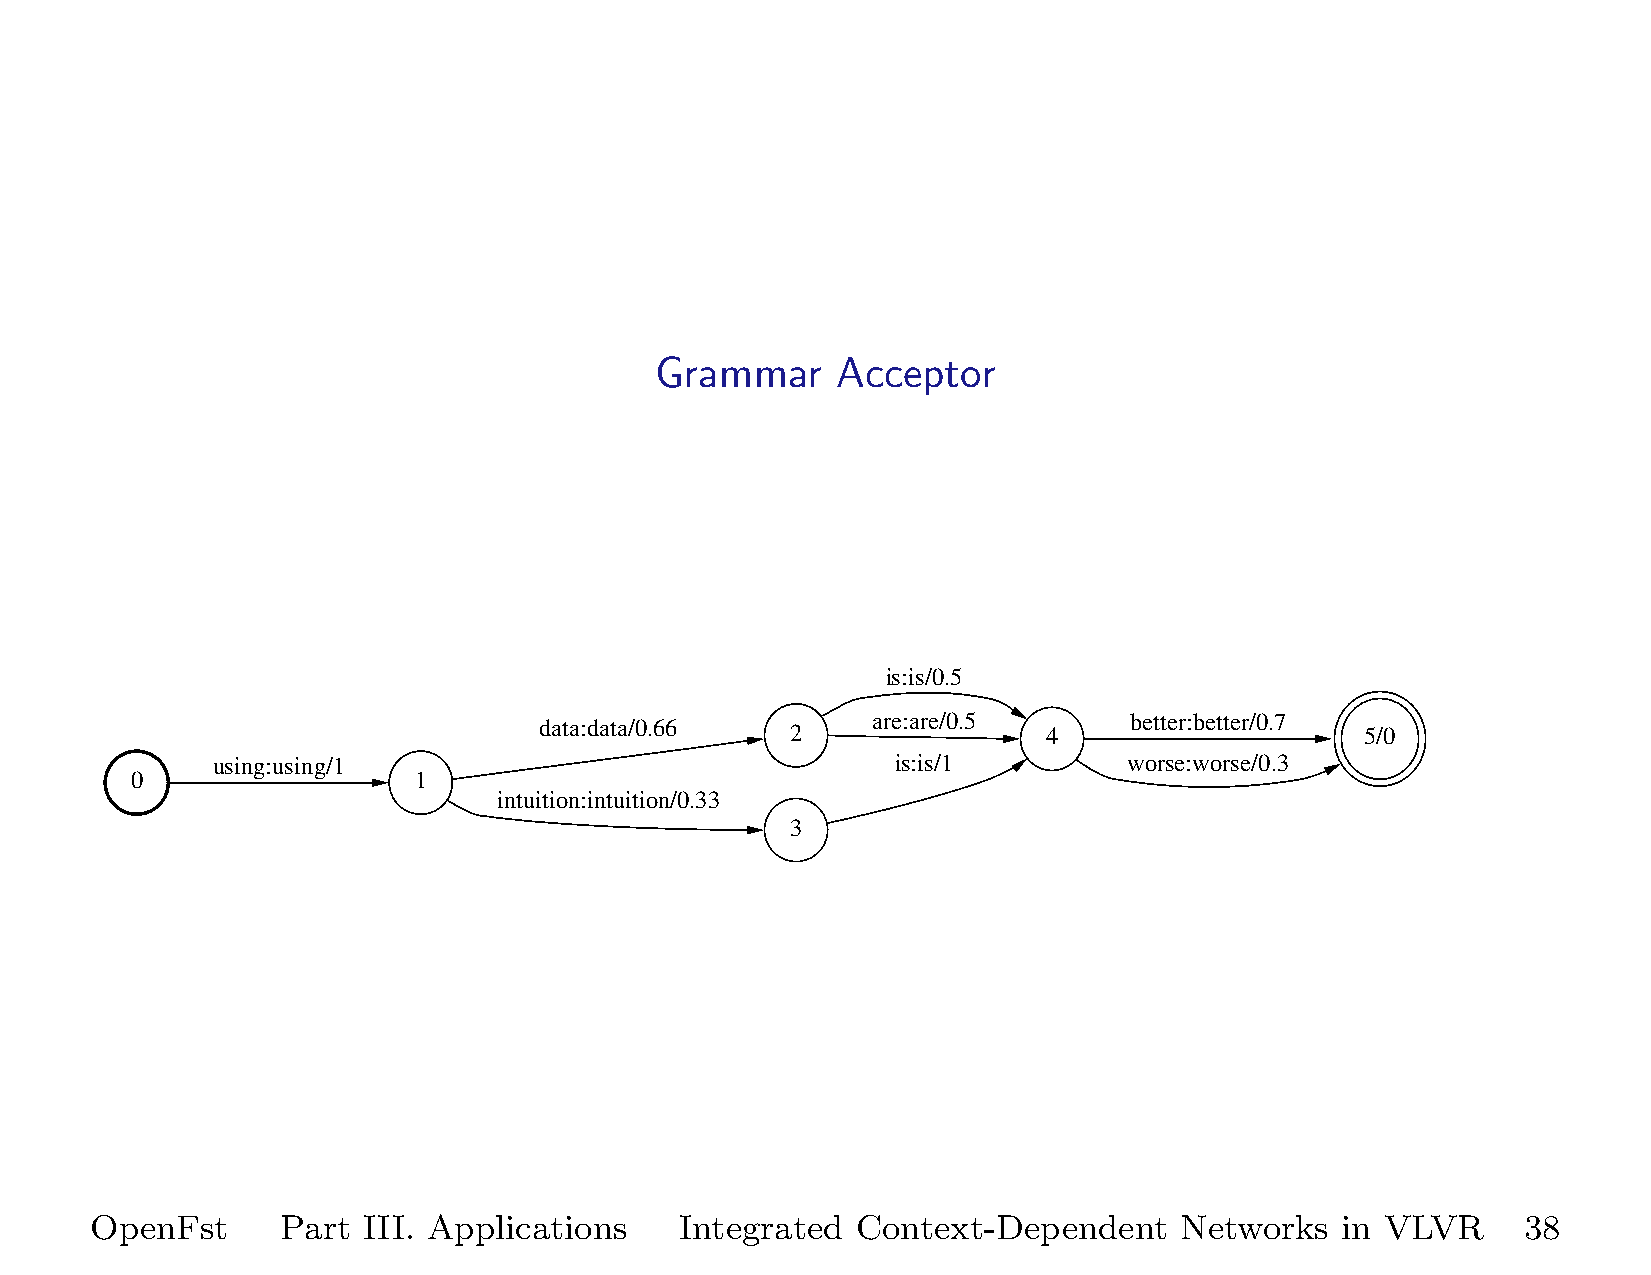
Grammar     Acceptor
 is:is/0.5
 data:data/0.66  2     are:are/0.5 4    better:better/0.7 5/0
 using:using/1                                is:is/1         worse:worse/0.3
 0                 1
 intuition:intuition/0.33
 3
 OpenFst      Part III. Applications    Integrated  Context-Dependent    Networks   in VLVR     38